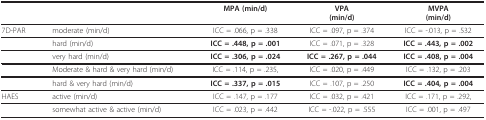
<table><thead><tr><td></td><td></td><td><b>MPA (min/d)</b></td><td><b>VPA(min/d)</b></td><td><b>MVPA(min/d)</b></td></tr></thead><tbody><tr><td>7D-PAR</td><td>moderate (min/d)</td><td>ICC = .066, p = .338</td><td>ICC = .097, p = .374</td><td>ICC = -.013, p = .532</td></tr><tr><td></td><td>hard (min/d)</td><td><b>ICC = .448, p = .001</b></td><td>ICC = .071, p = .328</td><td><b>ICC = .443, p = .002</b></td></tr><tr><td></td><td>very hard (min/d)</td><td><b>ICC = .306, p = .024</b></td><td><b>ICC = .267, p = .044</b></td><td><b>ICC = .408, p = .004</b></td></tr><tr><td></td><td>Moderate &amp; hard &amp; very hard (min/d)</td><td>ICC = .114, p = .235,</td><td>ICC = .020, p = .449</td><td>ICC = .132, p = .203</td></tr><tr><td></td><td>hard &amp; very hard (min/d)</td><td><b>ICC = .337, p = .015</b></td><td>ICC = .107, p = .250</td><td><b>ICC = .404, p = .004</b></td></tr><tr><td>HAES</td><td>active (min/d)</td><td>ICC = .147, p = .177</td><td>ICC = .032, p = .421</td><td>ICC = .171, p = .292,</td></tr><tr><td></td><td>somewhat active &amp; active (min/d)</td><td>ICC = .023, p = .442</td><td>ICC = -.022, p = .555</td><td>ICC = .001, p = .497</td></tr></tbody></table>